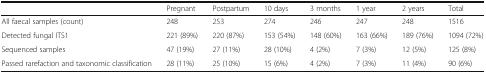
<table><thead><tr><td></td><td><b>Pregnant</b></td><td><b>Postpartum</b></td><td><b>10 days</b></td><td><b>3 months</b></td><td><b>1 year</b></td><td><b>2 years</b></td><td><b>Total</b></td></tr></thead><tbody><tr><td>All faecal samples (count)</td><td>248</td><td>253</td><td>274</td><td>246</td><td>247</td><td>248</td><td>1516</td></tr><tr><td>Detected fungal ITS1</td><td>221 (89%)</td><td>220 (87%)</td><td>153 (54%)</td><td>148 (60%)</td><td>163 (66%)</td><td>189 (76%)</td><td>1094 (72%)</td></tr><tr><td>Sequenced samples</td><td>47 (19%)</td><td>27 (11%)</td><td>28 (10%)</td><td>4 (2%)</td><td>7 (3%)</td><td>12 (5%)</td><td>125 (8%)</td></tr><tr><td>Passed rarefaction and taxonomic classification</td><td>28 (11%)</td><td>25 (10%)</td><td>15 (6%)</td><td>4 (2%)</td><td>7 (3%)</td><td>11 (4%)</td><td>90 (6%)</td></tr></tbody></table>